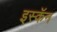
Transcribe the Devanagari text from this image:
इस्कॅन